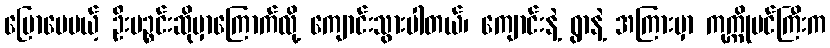
ပြောပေမယ့် ဦးပဉ္စင်းဆိုမှာကြောက်လို့ ကျောင်းသွားပါတယ်၊ ကျောင်းနဲ့ ရွာနဲ့ အကြားမှာ ကုက္ကိုပင်ကြီးက